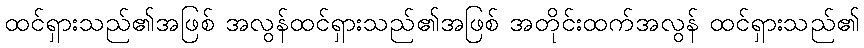
ထင်ရှားသည်၏အဖြစ် အလွန်ထင်ရှားသည်၏အဖြစ် အတိုင်းထက်အလွန် ထင်ရှားသည်၏